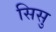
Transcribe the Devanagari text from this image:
सिसु